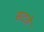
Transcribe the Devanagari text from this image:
सटते